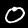
Digit: 0